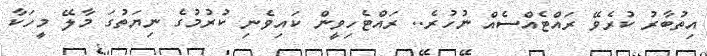
އިތުބާރު ކުރެވޭ ރައްޓެއްސެއް ނުހުރެ.. ރައްޓެހިވީން ކައިވެނި ކުރުމުގެ ނިޔަތުގަ މާލޭ މީހަކާ